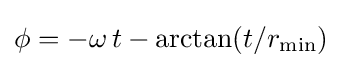
\phi =-\omega \,t-\operatorname {arctan} (t/r_{\mathrm {min} })